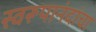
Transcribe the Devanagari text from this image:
स्वरूपानंदांचा